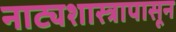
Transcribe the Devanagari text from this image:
नाट्यशास्त्रापासून